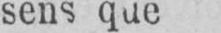
sens que